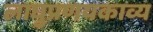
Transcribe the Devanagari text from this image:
लाघुप्रणयकाव्य